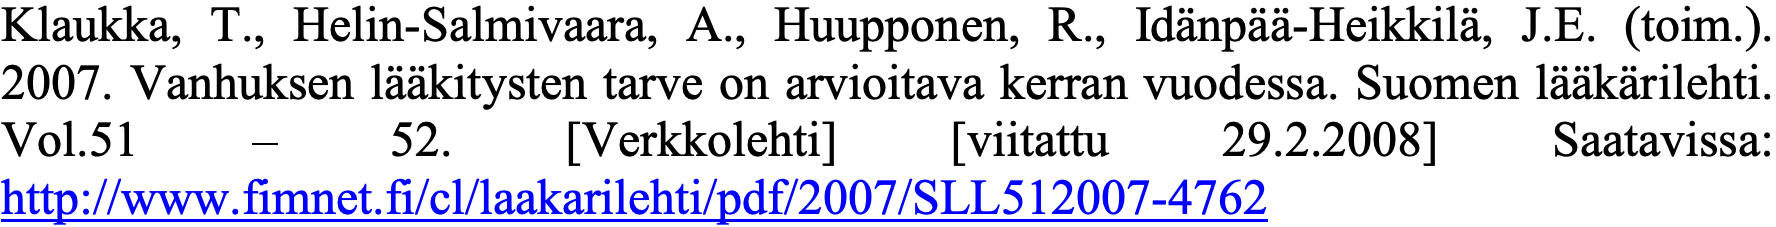
Klaukka, T., Helin-Salmivaara, A., Huupponen, R., Idänpää-Heikkilä, J.E. (toim.). 2007. Vanhuksen lääkitysten tarve on arvioitava kerran vuodessa. Suomen lääkärilehti. Vol.51  –    52.  [Verkkolehti] [viitattu 29.2.2008] Saatavissa: http://www.fimnet.fi/cl/laakarilehti/pdf/2007/SLL512007-4762